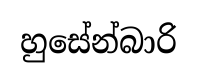
හුසේන්බාරි